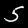
Label: 5